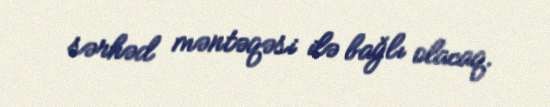
sərhəd məntəqəsi ilə bağlı olacaq.